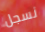
نسجل